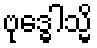
ဗုဒ္ဓေါသ္မိ